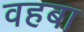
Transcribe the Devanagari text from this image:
वहबा